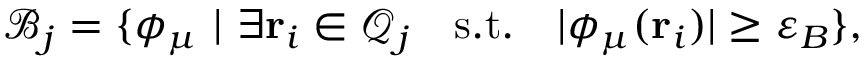
\mathcal { B } _ { j } = \{ \phi _ { \mu } \, \, \vert \, \, \exists \mathbf { r } _ { i } \in \mathcal { Q } _ { j } \quad \mathrm { s . t . } \quad \vert \phi _ { \mu } ( \mathbf { r } _ { i } ) \vert \geq \varepsilon _ { B } \} ,